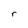
Character: r